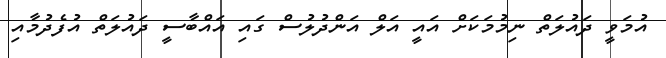
އުމަވީ ދައުލަތް ނިމުމަކަށް އައީ އަލް އަންދުލުސް ގައި އައްބާސީ ދައުލަތް އުފެދުމާއި